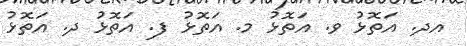
އދ. އަތޮޅު ވ. އަތޮޅު މ. އަތޮޅު ފ. އަތޮޅު ދ. އަތޮޅު